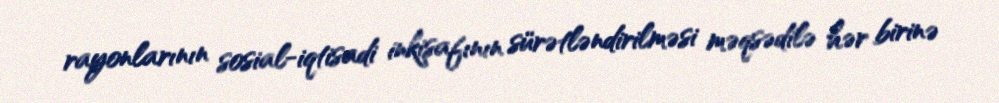
rayonlarının sosial-iqtisadi inkişafının sürətləndirilməsi məqsədilə hər birinə